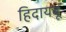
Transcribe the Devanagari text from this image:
हिदायबू